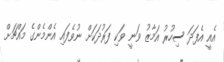
އެއީ އެފަދަ ސިހުރު އަމާޒު ވަނީ ވަކި ފަރުދަކަށް ނުވެފައި އެންމެންގެ މައްޗަށް